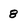
Character: 8